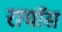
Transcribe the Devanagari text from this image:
रायॉस